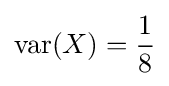
\operatorname {var} (X)={\frac {1}{8}}